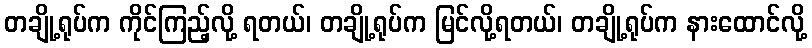
တချို့ရုပ်က ကိုင်ကြည့်လို့ ရတယ်၊ တချို့ရုပ်က မြင်လို့ရတယ်၊ တချို့ရုပ်က နားထောင်လို့